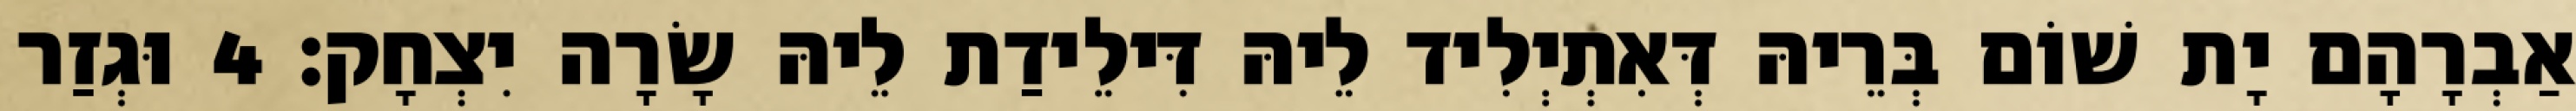
אַבְרָהָם יָת שׁוֹם בְּרֵיהּ דְּאִתְיְלִיד לֵיהּ דִּילֵידַת לֵיהּ שָׂרָה יִצְחָק׃ 4 וּגְזַר